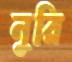
নুরি